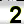
Digit: 2